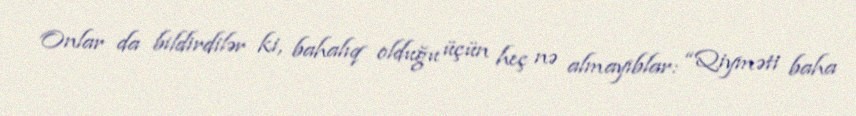
Onlar da bildirdilər ki, bahalıq olduğu üçün heç nə almayıblar: “Qiyməti baha